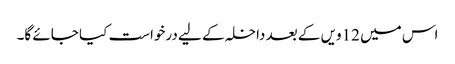
اس میں 12ویں کے بعد داخلہ کے لیے درخواست کیا جائے گا۔